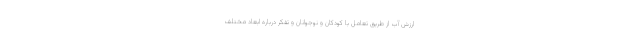
ارزش آب از طریق تعامل با کودکان و نوجوانان و تفکر درباره ابعاد مختلف